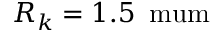
R _ { k } = 1 . 5 \, \mathrm { \ m u m }